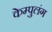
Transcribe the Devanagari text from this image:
केम्पुलंग